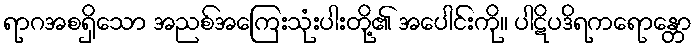
ရာဂအစရှိသော အညစ်အကြေးသုံးပါးတို့၏ အပေါင်းကို။ ပါဋိပဒိရကရောန္တော